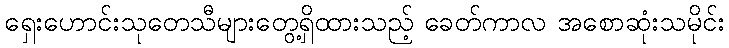
ရှေးဟောင်းသုတေသီများတွေ့ရှိထားသည့် ခေတ်ကာလ အစောဆုံးသမိုင်း